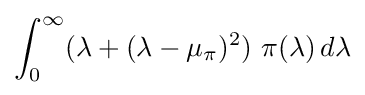
\int _{0}^{\infty }(\lambda +(\lambda -\mu _{\pi })^{2})\,\,\pi (\lambda )\,d\lambda